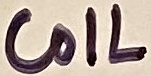
Text: COIL